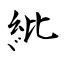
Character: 紕